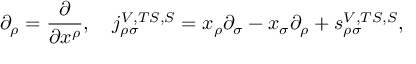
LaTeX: \partial _ { \rho } = \frac \partial { \partial x ^ { \rho } } , \quad j _ { \rho \sigma } ^ { V , T S , S } = x _ { \rho } \partial _ { \sigma } - x _ { \sigma } \partial _ { \rho } + s _ { \rho \sigma } ^ { V , T S , S } ,